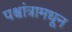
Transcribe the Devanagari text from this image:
पश्चांत्रामधून